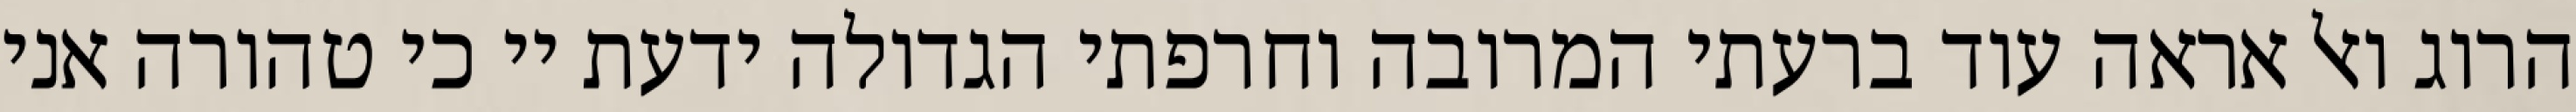
הרוג ואל אראה עוד ברעתי המרובה וחרפתי הגדולה ידעת יי כי טהורה אני